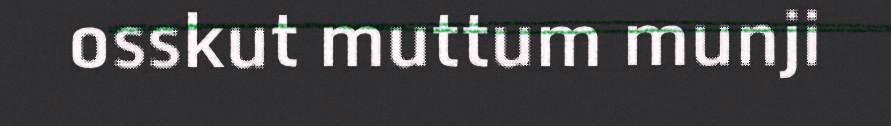
osskut muttum munji